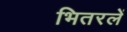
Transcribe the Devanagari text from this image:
भितरलें